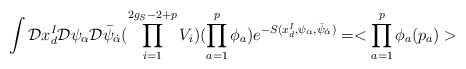
\begin{align*}\int {\cal D}x^I_d{\cal D}\psi_{\alpha}{\cal D}\bar \psi_{\dot\alpha}(\prod_{i=1}^{2g_S-2+p}V_i) (\prod_{a=1}^p \phi_a) e^{-S(x^I_d,\psi_{\alpha},\bar\psi_{\dot\alpha})}= <\prod_{a=1}^p \phi_a(p_a)>\end{align*}